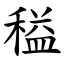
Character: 䅬